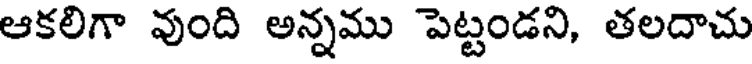
ఆకలిగా వుంది అన్నము పెట్టండని, తలదాచు